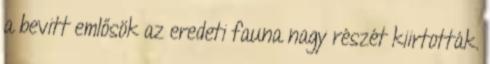
a bevitt emlősök az eredeti fauna nagy részét kiirtották.